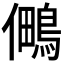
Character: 𭀈